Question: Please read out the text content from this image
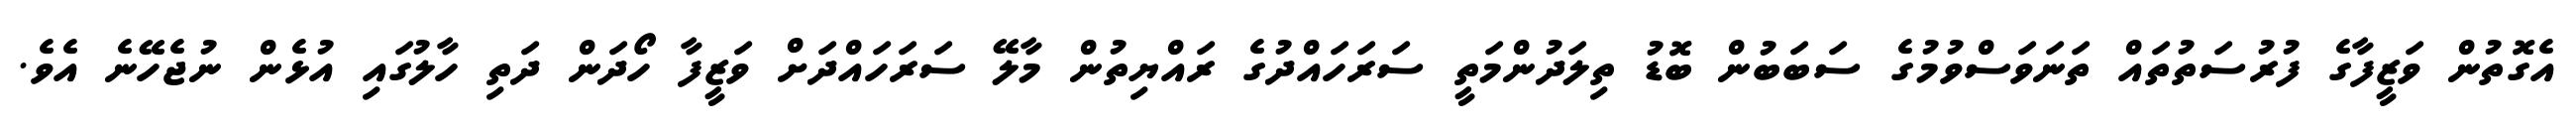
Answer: އެގޮތުން ވަޒީފާގެ ފުރުސަތުތައް ތަނަވަސްވުމުގެ ސަބަބުން ބޮޑު ތިލަދުންމަތީ ސަރަހައްދުގެ ރައްޔިތުން މާލޭ ސަރަހައްދަށް ވަޒީފާ ހޯދަން ދަތި ހާލުގައި އުޅެން ނުޖެހޭނެ އެވެ.